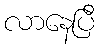
လာနေပြီ